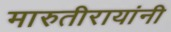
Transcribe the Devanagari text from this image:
मारुतीरायांनी